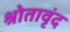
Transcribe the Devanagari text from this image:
श्रोतावृंद